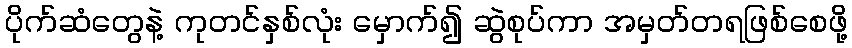
ပိုက်ဆံတွေနဲ့ ကုတင်နှစ်လုံး မှောက်၍ ဆွဲစုပ်ကာ အမှတ်တရဖြစ်စေဖို့